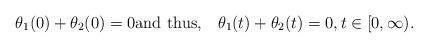
LaTeX: \begin{align*}{\theta}_1(0)+{\theta}_2(0)=0\mbox{and thus,} \quad{\theta}_1(t)+{\theta}_2(t)=0,t\in [0,\infty).\end{align*}